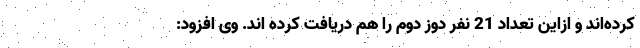
کرده‌اند و ازاین تعداد 21 نفر دوز دوم را هم دریافت کرده اند. وی افزود: